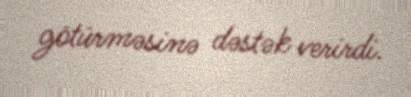
götürməsinə dəstək verirdi.